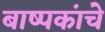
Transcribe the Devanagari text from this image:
बाष्पकांचे